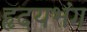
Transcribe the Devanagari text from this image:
हृदयभंग